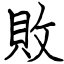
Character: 敗